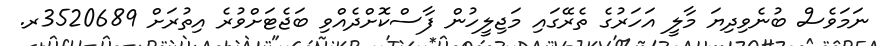
ނަމަވެސް ބުނެވިދިޔަ މާލީ އަހަރުގެ ތެރޭގައި މަޖިލީހުން ފާސްކޮށްދެއްވި ބަޖެޓަށްވުރެ އިތުރަށް 3520689ރ.